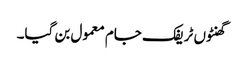
گھنٹوں ٹریفک جام معمول بن گیا۔